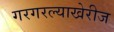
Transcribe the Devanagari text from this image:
गरगरल्याखेरीज